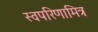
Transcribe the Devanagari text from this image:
स्वपरिणामित्र